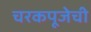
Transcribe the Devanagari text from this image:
चरकपूजेची